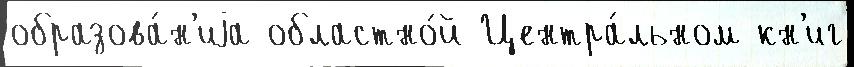
образова́н'иjа областно́й Центра́льном кн'иг